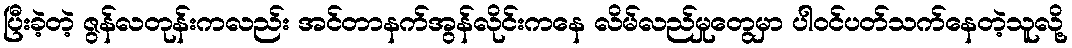
ပြီးခဲ့တဲ့ ဇွန်လတုန်းကလည်း အင်တာနက်အွန်လိုင်းကနေ လိမ်လည်မှုတွေမှာ ပါဝင်ပတ်သက်နေတဲ့သူလို့